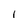
Character: 1